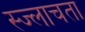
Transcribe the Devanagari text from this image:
स्ज्लाचता